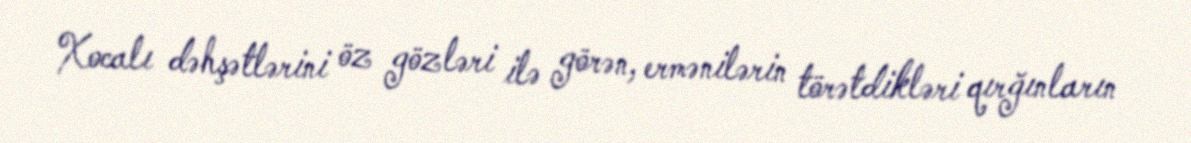
Xocalı dəhşətlərini öz gözləri ilə görən, ermənilərin törətdikləri qırğınların